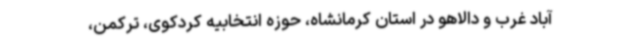
آباد غرب و دالاهو در استان کرمانشاه، حوزه انتخابیه کردکوی، ترکمن،